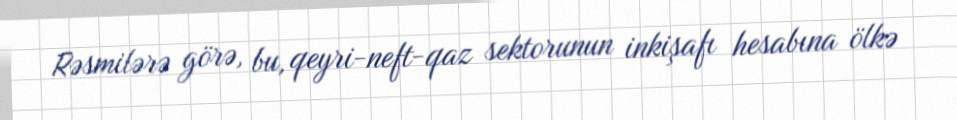
Rəsmilərə görə, bu, qeyri-neft-qaz sektorunun inkişafı hesabına ölkə